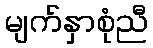
မျက်နှာစုံညီ